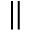
\parallel